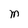
Character: m